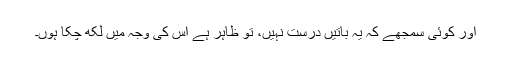
اور کوئی سمجھے کہ یہ باتیں درست نہیں، تو ظاہر ہے اس کی وجہ میں لکھ چکا ہوں۔